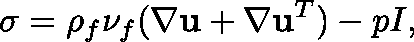
\mathbf { \sigma } = \rho _ { f } \nu _ { f } ( \nabla \mathbf { u } + \nabla \mathbf { u } ^ { T } ) - p I ,